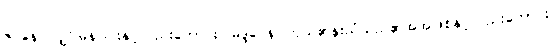
ဇဝနေ၊ လျှင်မြန်ခြင်းနှင့်လည်းကောင်း။ မဒ္ဒဝေန၊ ကိုယ်၏နူးညံသည်၏အအဖြစ်နှင့်လည်းကောင်း။